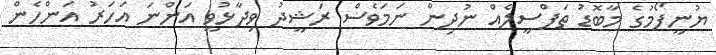
ޔުނީފޯމުގެ މާބޮޑު ތަފްސީލެއް ނުދިން ނަމަވެސް ރަޝީދު ވިދާޅުވީ އަންނަ އަހަރު އަންހެން